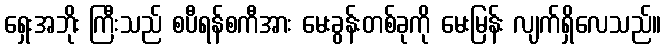
ရှေးအဘိုး ကြီးသည် စပီရန်စကီအား မေးခွန်းတစ်ခုကို မေးမြန်း လျက်ရှိလေသည်။